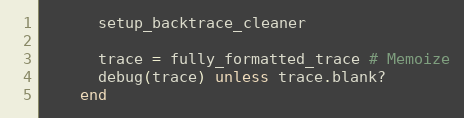
Language: Ruby
      setup_backtrace_cleaner

      trace = fully_formatted_trace # Memoize
      debug(trace) unless trace.blank?
    end